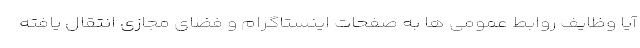
آیا وظایف روابط عمومی ها به صفحات اینستاگرام و فضای مجازی انتقال یافته